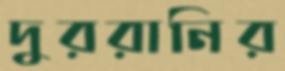
দুররানির